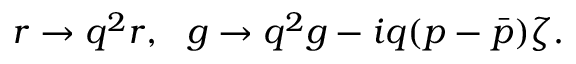
r \rightarrow q ^ { 2 } r , \, \, \, \, g \rightarrow q ^ { 2 } g - i q ( p - \bar { p } ) \zeta .